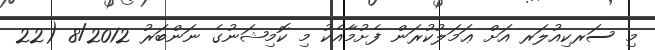
މި ސަރކިއުލަރ އަށް ޢަމަލުކުރަން ފެށުމާއެކު މި ކޮމިޝަނުގެ ނަންބަރު 8/2012 (22